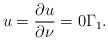
LaTeX: \begin{align*}u=\frac{\partial u}{\partial\nu}=0\Gamma_1. \end{align*}